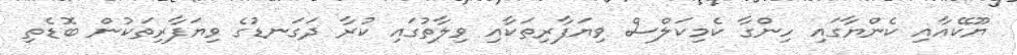
ޔޫކޭއާއި ކެންޔާގައި ހިންގާ ކެމިކަލްސް ވިޔަފާރިތަކާއި ވިލާތުގައި ކުރާ ދަގަނޑުގެ ވިޔަފާރިތަކުން ބޮޑެތި